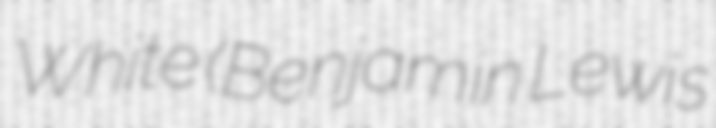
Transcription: White (Benjamin Lewis